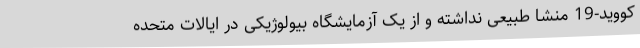
کووید-19 منشا طبیعی نداشته و از یک آزمایشگاه بیولوژیکی در ایالات متحده